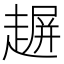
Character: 𧼲